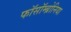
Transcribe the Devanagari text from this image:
फॉसॉम्ब्रोनिया